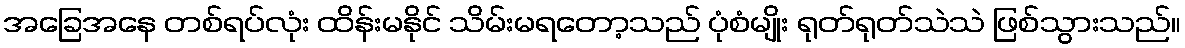
အခြေအနေ တစ်ရပ်လုံး ထိန်းမနိုင် သိမ်းမရတော့သည် ပုံစံမျိုး ရုတ်ရုတ်သဲသဲ ဖြစ်သွားသည်။